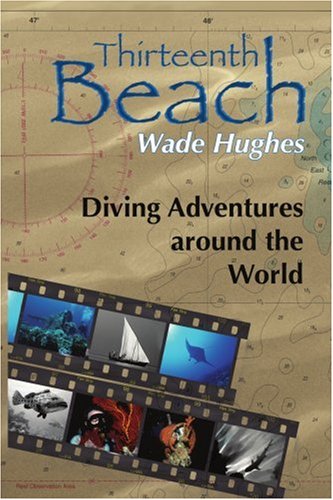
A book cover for Thirteenth Beach: Diving Adventures Around the World; Wade Hughes; Travel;